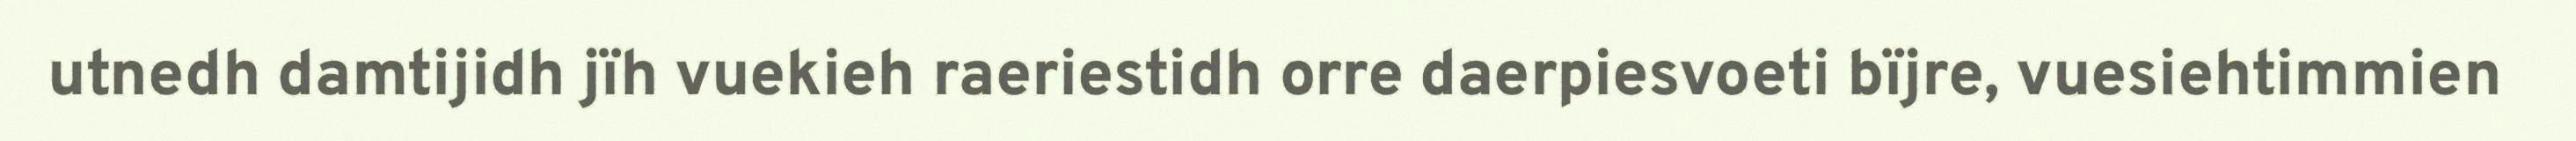
utnedh damtijidh jïh vuekieh raeriestidh orre daerpiesvoeti bïjre, vuesiehtimmien